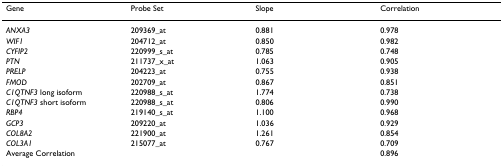
<table><thead><tr><td><b>Gene</b></td><td><b>Probe Set</b></td><td><b>Slope</b></td><td><b>Correlation</b></td></tr></thead><tbody><tr><td><i>ANXA3</i></td><td>209369_at</td><td>0.881</td><td>0.978</td></tr><tr><td><i>WIF1</i></td><td>204712_at</td><td>0.850</td><td>0.982</td></tr><tr><td><i>CYFIP2</i></td><td>220999_s_at</td><td>0.785</td><td>0.748</td></tr><tr><td><i>PTN</i></td><td>211737_x_at</td><td>1.063</td><td>0.905</td></tr><tr><td><i>PRELP</i></td><td>204223_at</td><td>0.755</td><td>0.938</td></tr><tr><td><i>FMOD</i></td><td>202709_at</td><td>0.867</td><td>0.851</td></tr><tr><td><i>C1QTNF3 </i>long isoform</td><td>220988_s_at</td><td>1.774</td><td>0.738</td></tr><tr><td><i>C1QTNF3 </i>short isoform</td><td>220988_s_at</td><td>0.806</td><td>0.990</td></tr><tr><td><i>RBP4</i></td><td>219140_s_at</td><td>1.100</td><td>0.968</td></tr><tr><td><i>GCP3</i></td><td>209220_at</td><td>1.036</td><td>0.929</td></tr><tr><td><i>COL8A2</i></td><td>221900_at</td><td>1.261</td><td>0.854</td></tr><tr><td><i>COL3A1</i></td><td>215077_at</td><td>0.767</td><td>0.709</td></tr><tr><td colspan="3">Average Correlation</td><td>0.896</td></tr></tbody></table>